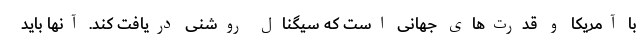
با آمریکا و قدرت‌های جهانی است که سیگنال روشنی دریافت کند. آنها باید